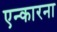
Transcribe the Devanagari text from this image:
एन्कारना